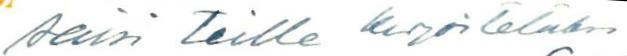
saisi teille kirjoitetuksi